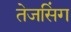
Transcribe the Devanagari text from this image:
तेजसिंग